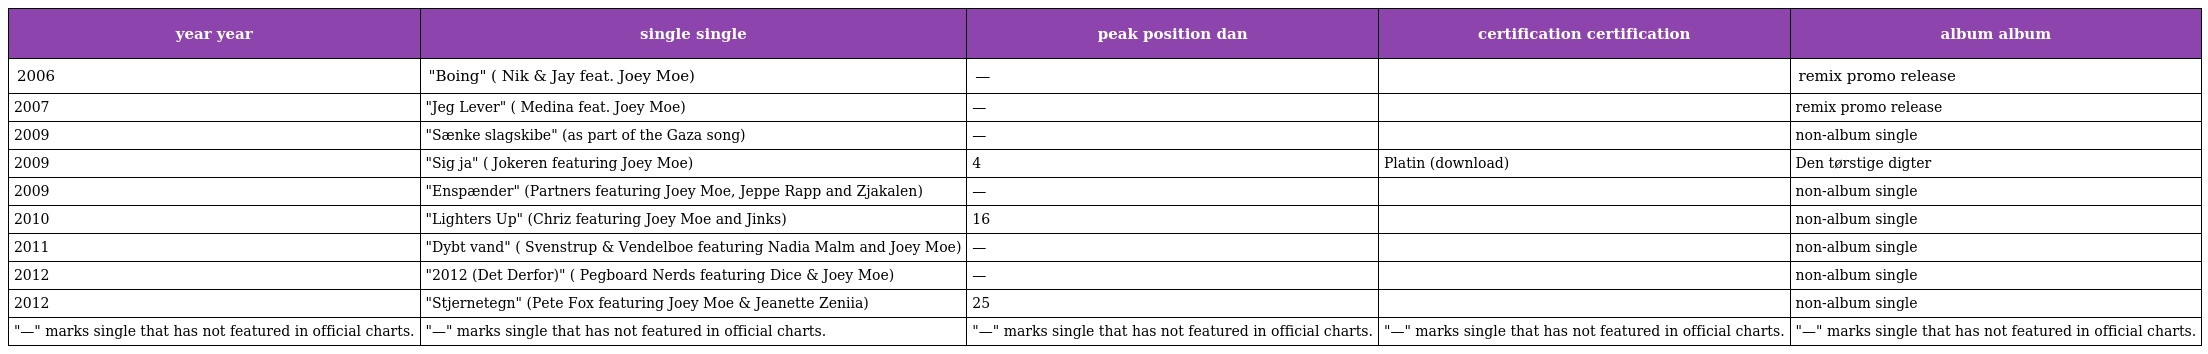
| year year | single single | peak position dan | certification certification | album album |
 | --- | --- | --- | --- | --- |
 | 2006 | "Boing" ( Nik & Jay feat. Joey Moe) | — |  | remix promo release |
 | 2007 | "Jeg Lever" ( Medina feat. Joey Moe) | — |  | remix promo release |
 | 2009 | "Sænke slagskibe" (as part of the Gaza song) | — |  | non-album single |
 | 2009 | "Sig ja" ( Jokeren featuring Joey Moe) | 4 | Platin (download) | Den tørstige digter |
 | 2009 | "Enspænder" (Partners featuring Joey Moe, Jeppe Rapp and Zjakalen) | — |  | non-album single |
 | 2010 | "Lighters Up" (Chriz featuring Joey Moe and Jinks) | 16 |  | non-album single |
 | 2011 | "Dybt vand" ( Svenstrup & Vendelboe featuring Nadia Malm and Joey Moe) | — |  | non-album single |
 | 2012 | "2012 (Det Derfor)" ( Pegboard Nerds featuring Dice & Joey Moe) | — |  | non-album single |
 | 2012 | "Stjernetegn" (Pete Fox featuring Joey Moe & Jeanette Zeniia) | 25 |  | non-album single |
 | "—" marks single that has not featured in official charts. | "—" marks single that has not featured in official charts. | "—" marks single that has not featured in official charts. | "—" marks single that has not featured in official charts. | "—" marks single that has not featured in official charts. |